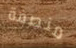
منصفة